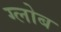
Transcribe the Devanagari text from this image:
ग्‍लोब